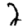
Digit: 2